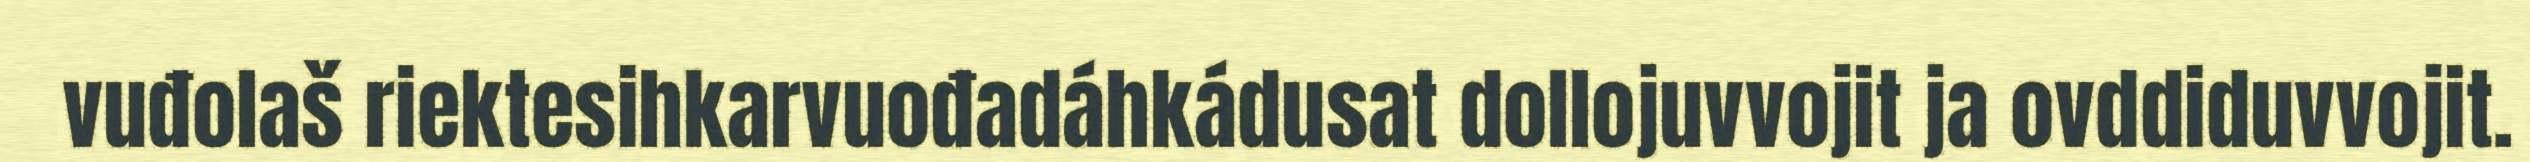
vuđolaš riektesihkarvuođadáhkádusat dollojuvvojit ja ovddiduvvojit.